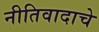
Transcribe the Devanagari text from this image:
नीतिवादाचे